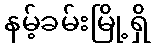
နမ့်ခမ်းမြို့ရှိ